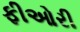
ફીઓરી